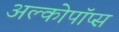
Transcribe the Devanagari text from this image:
अल्कोपॉप्स